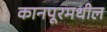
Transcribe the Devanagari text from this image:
कानपूरमधील